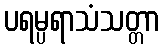
ပရမ္ပရာသံသတ္တာ